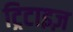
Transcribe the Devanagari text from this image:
ट्रिटाइज़